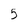
Character: 5